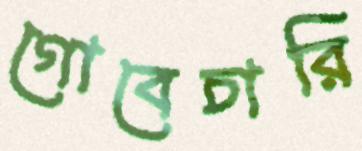
গোবেচারি